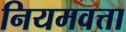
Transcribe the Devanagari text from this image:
नियमवत्ता